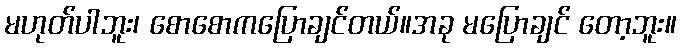
မဟုတ်ပါဘူး၊ စောစောကပြောချင်တယ်။အခု မပြောချင် တော့ဘူး။